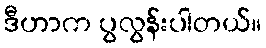
ဒီဟာက ပွလွန်းပါတယ်။